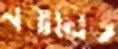
নবায়িত